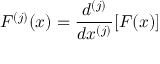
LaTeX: F ^ { ( j ) } ( x ) = { \frac { d ^ { ( j ) } } { d x ^ { ( j ) } } } [ F ( x ) ]